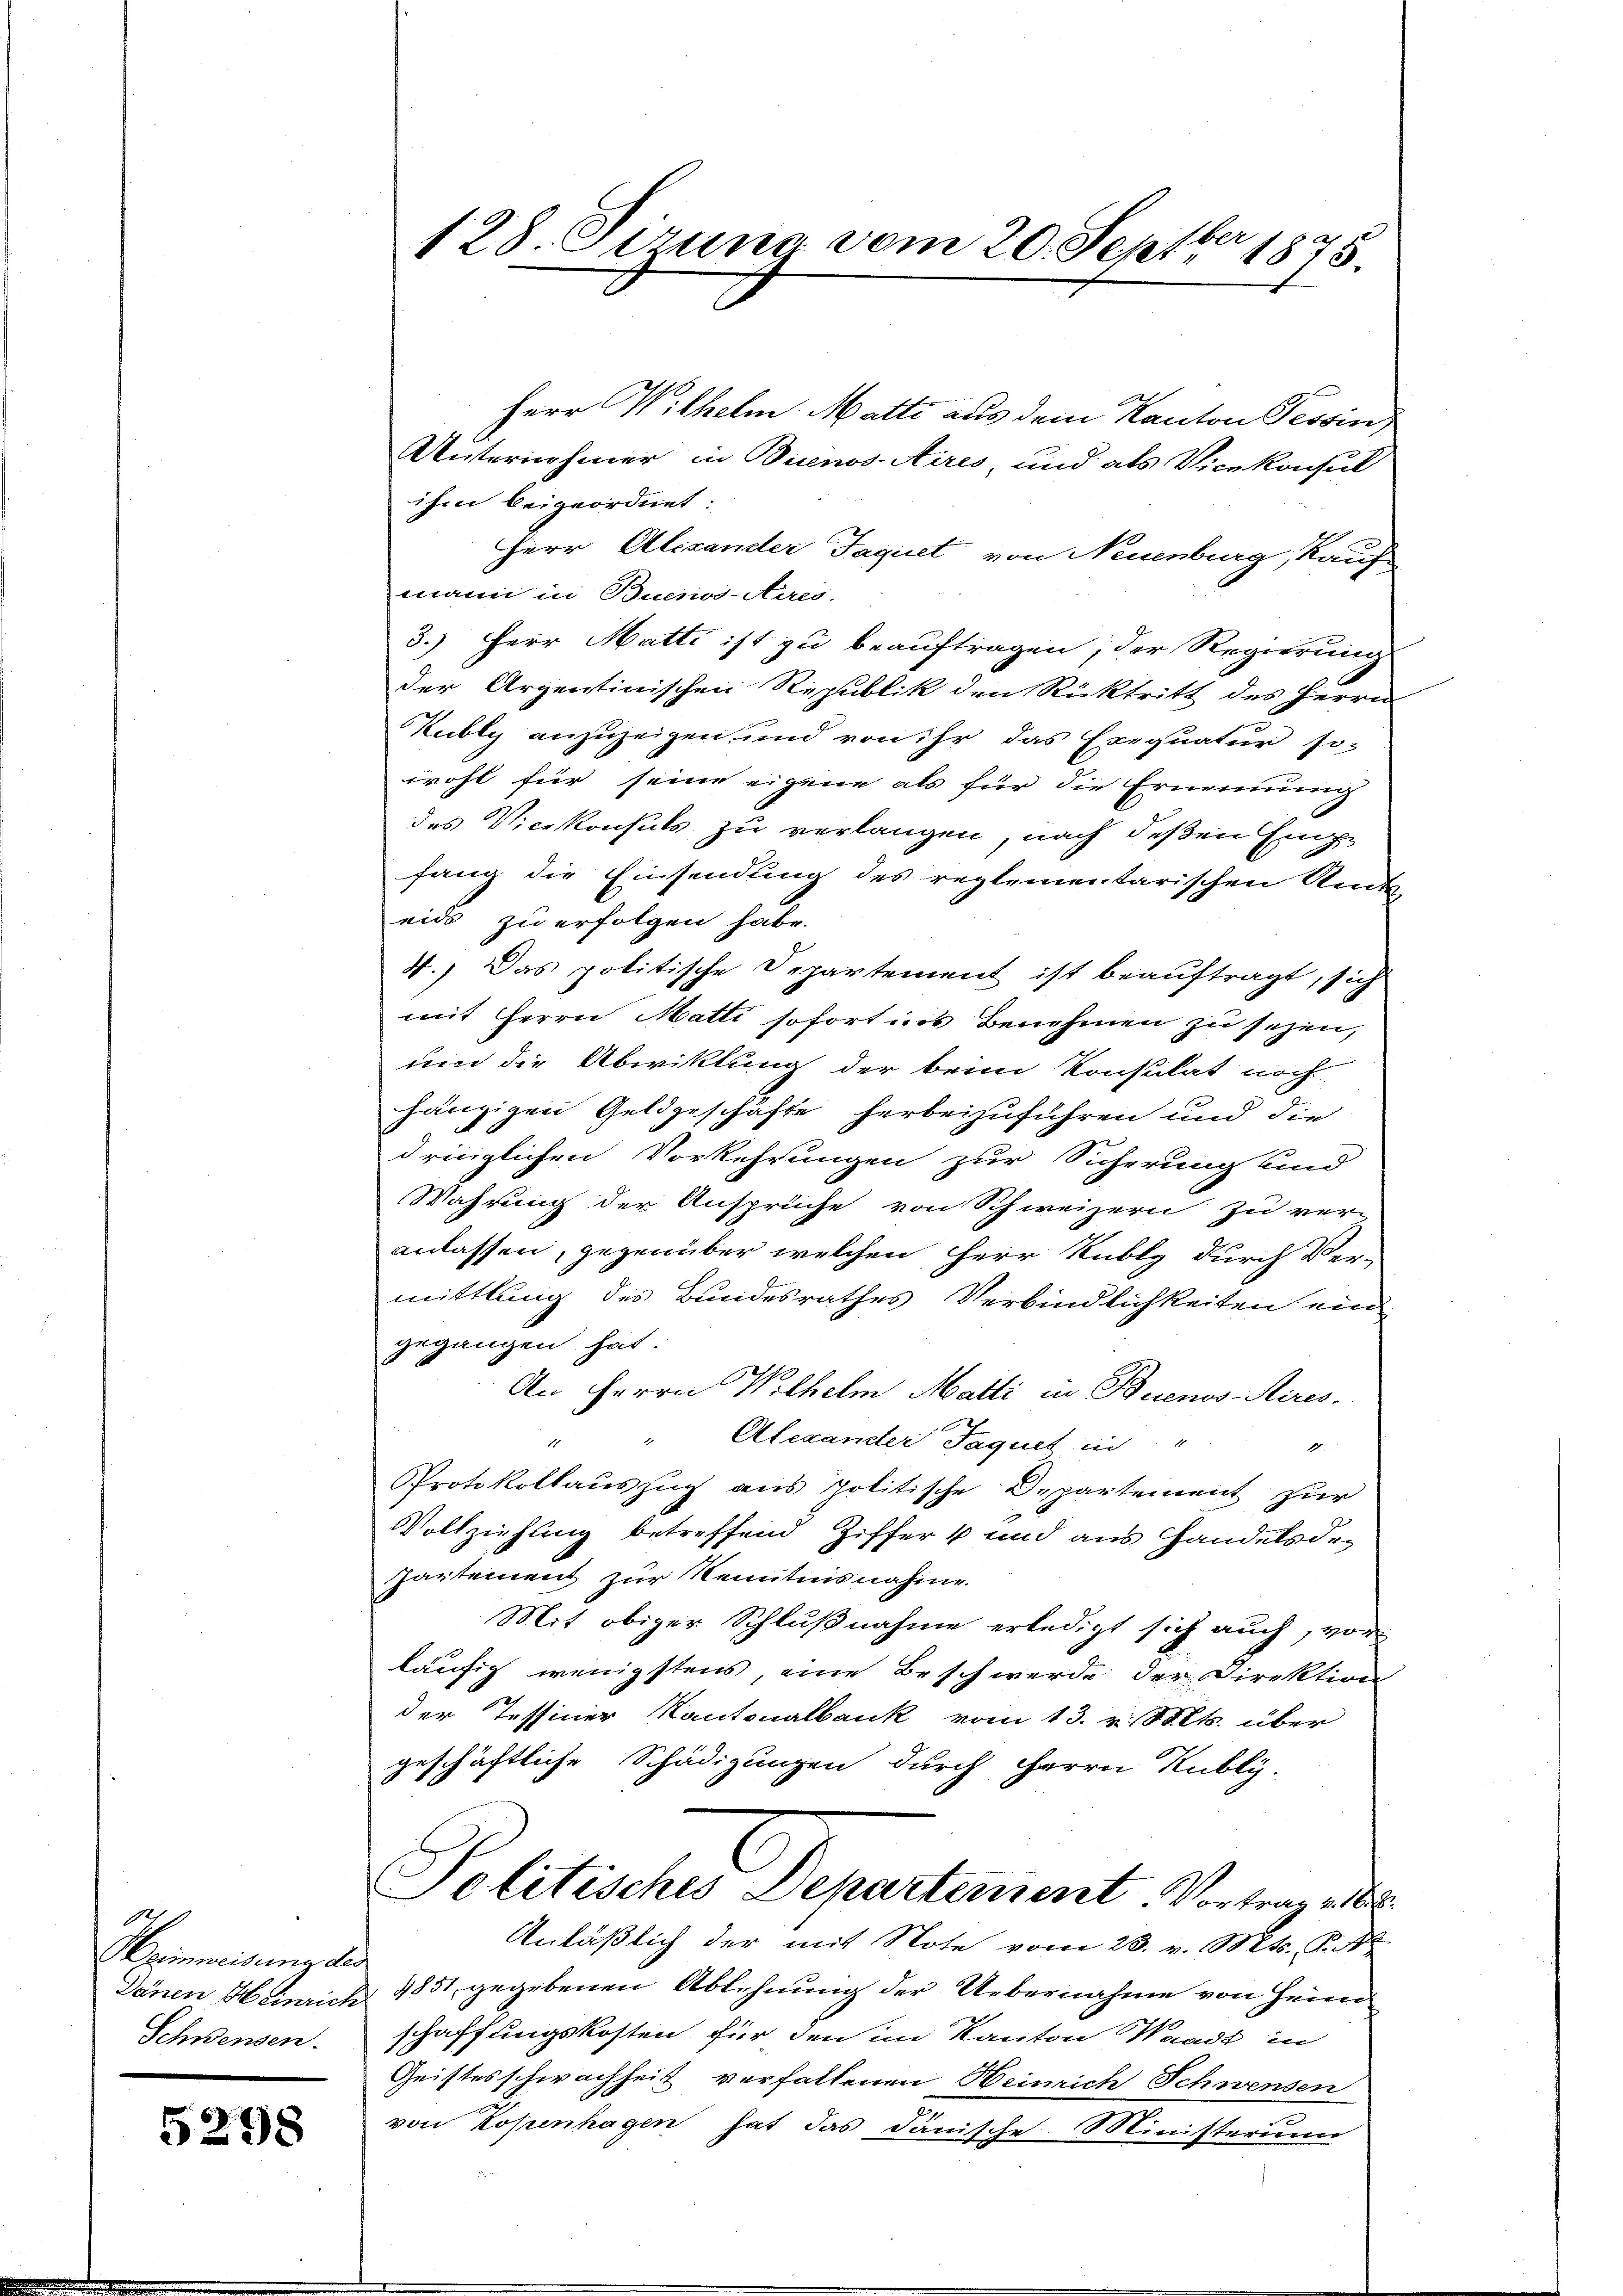
.
Heimweisung des
Sanen Heinrich
Schnensen.

5298

128. Sizung vom 20. Septbr 1875.

Herr Wilhelm Matti aus dem Kanton Tessin
Unternehmer in Buenos Aires, und als Vicekonsul
ihm beigeordnet:
Herr Alexander Faquet von Neuenburg, Kauf-
mann in Buenos-Aires.
3.) Herr Matti ist zu beauftragen, der Regierung
der Arzentinischen Republik den Rücktritt des Herrn
Kubly anzuzeigen, und von ihr das Exequatur so-
wohl für seine eigene als für die Ernennung
des Vicekonsuls zu verlangen, nach deßen Einze
fang die Einsendung des reglementarischen Ande
eids zu erfolgen habe.
4.) Das politische Departement ist beauftragt, sich
mit Herrn Matti sofort ins Benehmen zu sehen,
um die Abwiklung der beim Konsulat noch
hängigen Geldgeschäfte herbeizuführen und die
dringlichen Vorkehrungen zur Sicherung und
Wahrung der Ansprüche von Schweizern zu ver-
anlassen, gegenüber welchen Herr Kubly durch Ver-
mittlung des Bundesrathes Verbindlichkeiten ein
gegangen hat.
An Herrn Wilhelm Matti in Buenos-Aires.
 Alexander Jaquel in "
2
Protokollauszug aus Politische Departement zur
Vollziehung betreffend Ziffer 4 und aus Handelsde¬
Partement zur Kenntnisnahme
Mit obiger Schlußnahme erledigt sich auch, vor
läufig wenigstens, eine Beschwerde der Direktion
der Tessiner Kantonalbank vom 13. v. Mts. über
geschäftliche Schädigungen durch Herrn Kubly-
Politisches Departement Vortrag v. 6.
Anläßlich der mit Note vom 23. v. Mts. S.
4851 gegebenen Ablehnung der Uebernahme von Heim
schaffungskosten für den im Kanton Waadt in
Geistesschwachheit verfallenen Weinrich Schwensen
an
von Kopenhagen hat das dänische Ministerium